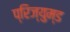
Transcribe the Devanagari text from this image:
प्रिज्युम्ड